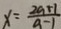
x = \frac { 2 a + 1 } { a - 1 }